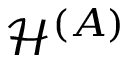
\mathcal { H } ^ { ( A ) }